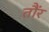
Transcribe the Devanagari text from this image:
तौंर